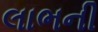
લાભની